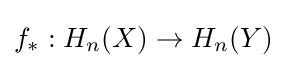
f_{*}:H_{n}(X)\rightarrow H_{n}(Y)